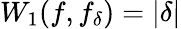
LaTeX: W_{1}(f,f_{\delta})=|\delta|